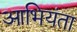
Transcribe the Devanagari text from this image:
आभियंता